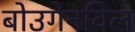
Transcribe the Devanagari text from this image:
बोउगेनविल